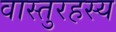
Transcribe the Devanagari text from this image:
वास्तुरहस्य